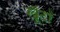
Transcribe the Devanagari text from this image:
खूँटों